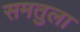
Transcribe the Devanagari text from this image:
समतुला